Punjab Mental Hospital Lahore 1922-31 - 1922-1931
Year: 1922
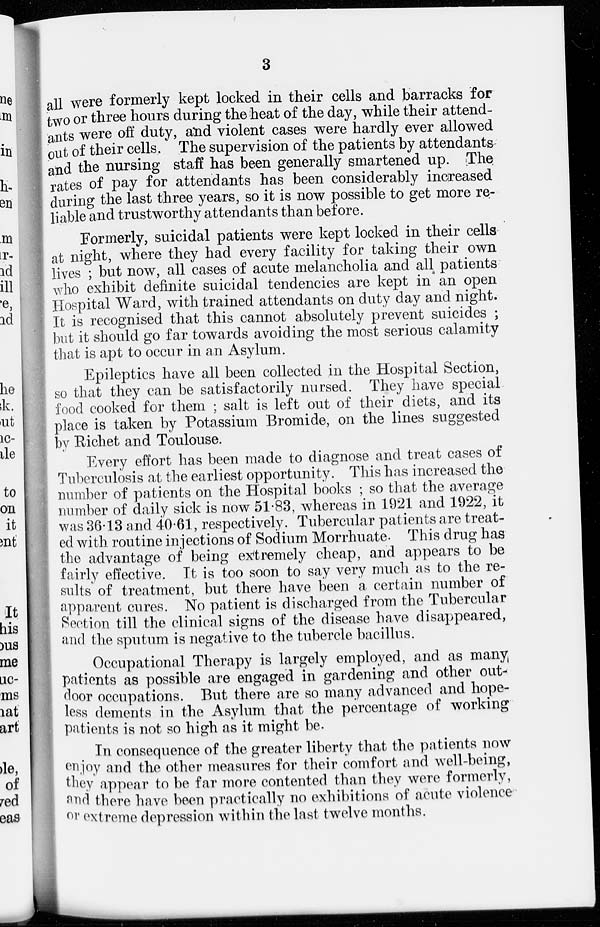
3
all were formerly kept locked in their cells and barracks for
two or three hours during the heat of the day, while their attend-
ants were off duty, and violent cases were hardly ever allowed
out of their cells. The supervision of the patients by attendants
and the nursing staff has been generally smartened up. The
rates of pay for attendants has been considerably increased
during the last three years, so it is now possible to get more re-
liable and trustworthy attendants than before.
Formerly, suicidal patients were kept locked in their cells
at night, where they had every facility for taking their own
lives ; but now, all cases of acute melancholia and all patients
who exhibit definite suicidal tendencies are kept in an open
Hospital Ward, with trained attendants on duty day and night.
It is recognised that this cannot absolutely prevent suicides ;
but it should go far towards avoiding the most serious calamity
that is apt to occur in an Asylum.
Epileptics have all been collected in the Hospital Section,
so that they can be satisfactorily nursed. They have special
food cooked for them ; salt is left out of their diets, and its
place is taken by Potassium Bromide, on the lines suggested
by Richet and Toulouse.
Every effort has been made to diagnose and treat cases of
Tuberculosis at the earliest opportunity. This has increased the
number of patients on the Hospital books ; so that the average
number of daily sick is now 51.83, whereas in 1921 and 1922, it
was 36.13 and 40.61, respectively. Tubercular patients are treat-
ed with routine injections of Sodium Morrhuate. This drug has
the advantage of being extremely cheap, and appears to be
fairly effective. It is too soon to say very much as to the re-
sults of treatment, but there have been a certain number of
apparent cures. No patient is discharged from the Tubercular
Section till the clinical signs of the disease have disappeared,
and the sputum is negative to the tubercle bacillus.
Occupational Therapy is largely employed, and as many;
patients as possible are engaged in gardening and other out-
door occupations. But there are so many advanced and hope-
less dements in the Asylum that the percentage of working
patients is not so high as it might be.
In consequence of the greater liberty that the patients now
enjoy and the other measures for their comfort and well-being,
they appear to be far more contented than they were formerly,
and there have been practically no exhibitions of acute violence
or extreme depression within the last twelve months.